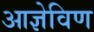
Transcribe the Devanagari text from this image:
आज्ञेविण